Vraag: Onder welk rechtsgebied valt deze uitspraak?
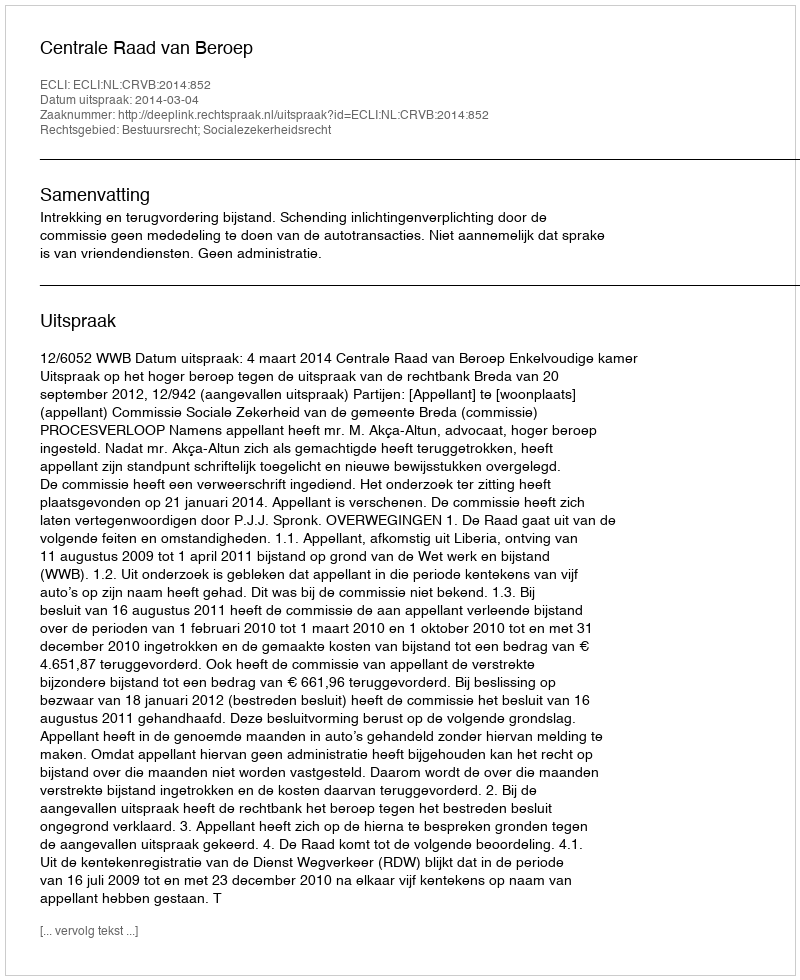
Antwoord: Bestuursrecht; Socialezekerheidsrecht